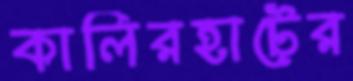
কালিরহাটের